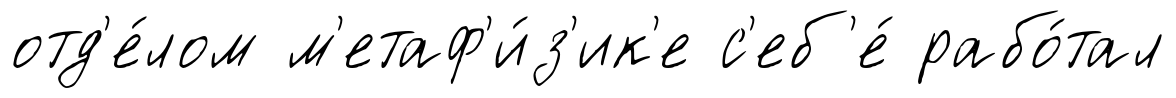
отд'е́лом м'етаф'и́з'ик'е с'еб'е́ рабо́тал